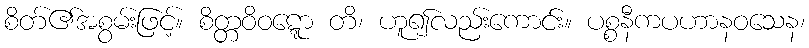
စိတ်၏အစွမ်းဖြင့်။ စိတ္တဝိဝဋ္ဋော တိ၊ ဟူ၍လည်းကောင်း။ ပစ္စနီကပဟာနဝသေန၊